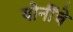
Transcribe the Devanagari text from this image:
योनींचे